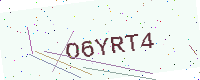
Text: O6YRT4